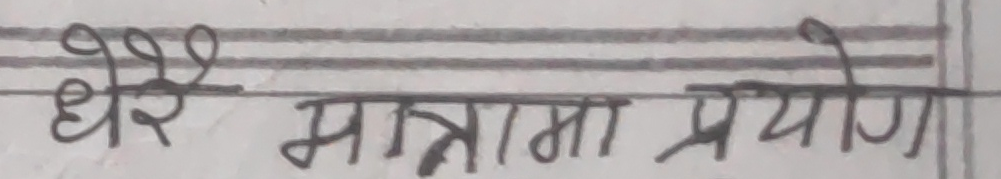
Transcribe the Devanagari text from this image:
धेरै मात्रामा प्रयोग